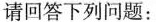
请回答下列问题：